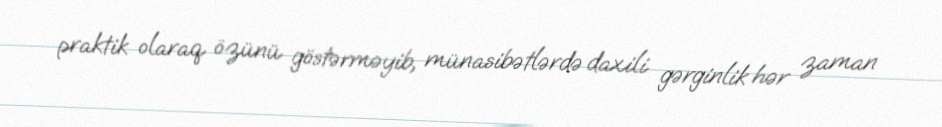
praktik olaraq özünü göstərməyib, münasibətlərdə daxili gərginlik hər zaman